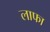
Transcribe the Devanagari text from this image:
लाफा